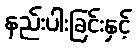
နည်းပါးခြင်းနှင့်